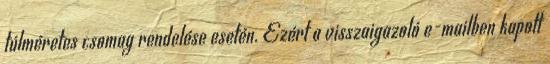
túlméretes csomag rendelése esetén. Ezért a visszaigazoló e-mailben kapott